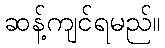
ဆန့်ကျင်ရမည်။